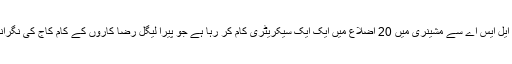
جے کے ایس ایل ایس اے سے مشینری میں 20 اضلاع میں ایک ایک سیکریٹری کام کر رہا ہے جو پیرا لیگل رضا کاروں کے کام کاج کی نگرانی کرتے ہیں ۔